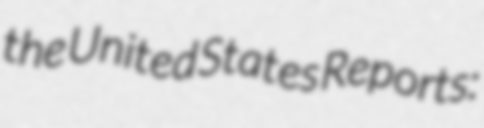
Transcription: the United States Reports: